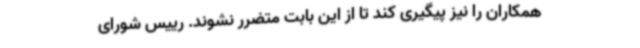
همکاران را نیز پیگیری کند تا از این بابت متضرر نشوند. رییس شورای